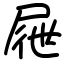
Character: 屜